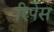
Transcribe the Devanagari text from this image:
रिपेंस